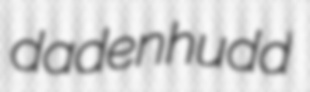
dadenhudd